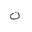
Letter: _non